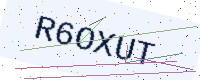
Text: R6OXUT